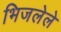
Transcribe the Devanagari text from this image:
भिजलेले